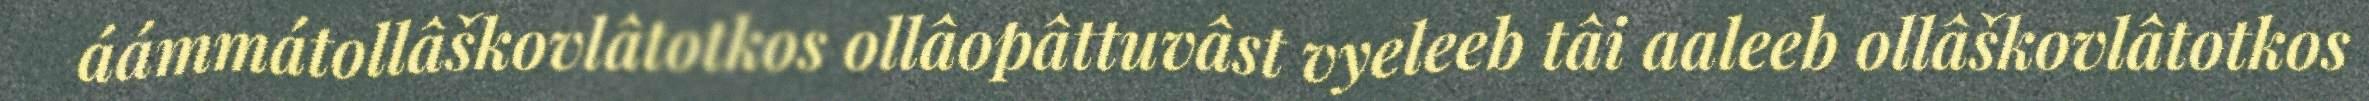
áámmátollâškovlâtotkos ollâopâttuvâst vyeleeb tâi aaleeb ollâškovlâtotkos